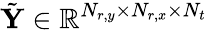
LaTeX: \tilde{\mathbf{Y}}\in\mathbb{R}^{N_{r,y}\times N_{r,x}\times N_{t}}